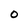
Character: O